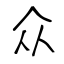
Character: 众